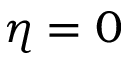
\eta = 0